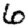
Digit: 6